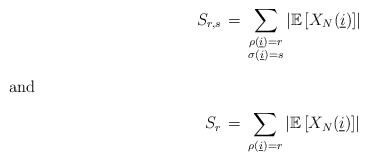
\begin{align*}S_{r,s}\,&=\,\sum_{\substack{ \rho(\underline{i})= r \\ \sigma(\underline{i}) = s }}\left| \mathbb{E}\left[ X_N(\underline{i}) \right]\right| \\\intertext{and}S_{r}\,&=\,\sum_{\rho(\underline{i})= r}\left| \mathbb{E}\left[ X_N(\underline{i}) \right]\right|\end{align*}